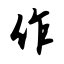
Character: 作